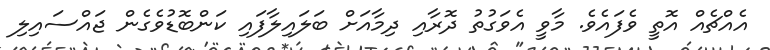
އެއްޗެއް އޮތީ ވެފައެވެ. މާވީ އެވަގުތު ދޮރާއި ދިމާއަށް ބަލައިލާފައި ކަންބޮޑުވެގެން ޖައްސައިލި